Report on sanitation, dispensaries, and jails in Rajputana for 1916, and on vaccination for the year 1916-1917 - 1916-1917
Year: 1916
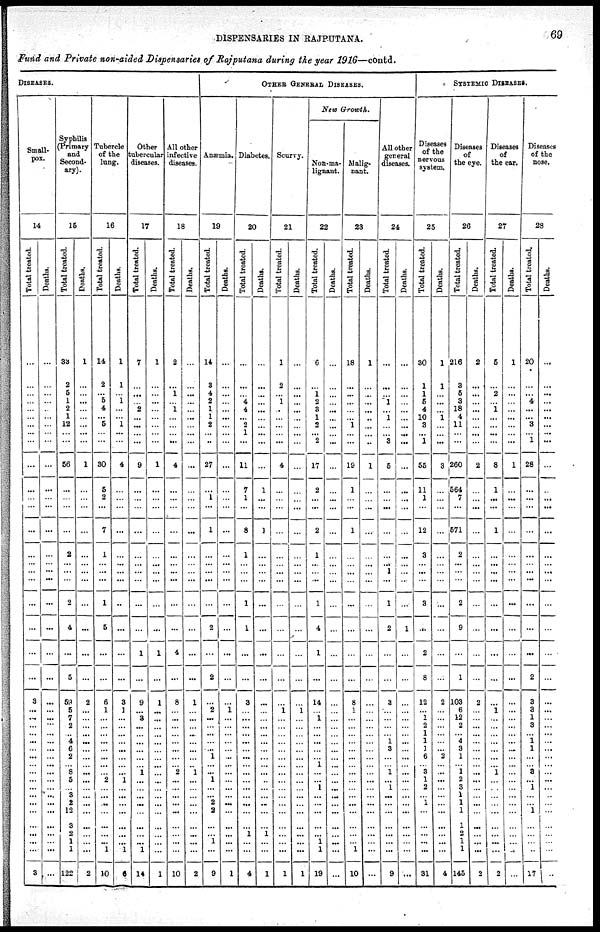
DISPENSARIES IN RAJPUTANA.
69
Fund and Private non-aided Dispensaries of Rajputana during the year 1916—contd.
DISEASES.
Small-
pox.
14
Total treated.
...
...
...
...
...
...
...
...
...
...
...
...
...
...
...
...
...
...
...
...
...
...
3
...
...
...
...
...
...
...
...
...
...
...
...
...
...
...
...
...
...
3
Deaths.
...
...
...
...
...
...
...
...
...
...
...
...
...
...
...
...
...
...
...
...
...
...
...
...
...
...
...
...
...
...
...
...
...
...
...
...
...
...
...
...
...
...
Syphilis
(Primary
and
Second-
---).
15
Total treated.
33
2
5
1
2
1
12
...
...
56
...
...
...
...
2
...
...
...
2
4
...
5
59
5
7
2
... 4
6
2
...
8
5
...
3
2
12
3
2
1
1
122
Deaths.
1
...
...
...
...
...
...
...
...
1
...
...
...
...
...
...
...
...
...
...
...
...
2
...
...
...
...
...
...
...
...
...
...
...
...
...
...
...
...
...
...
2
Tubercle
of the
lung.
16
Total treated.
14
2
... 5
4
... 5
...
...
30
5
2
...
7
1
...
...
...
1
5
...
...
6
1
... ...
... ...
...
...
...
... 2
...
...
...
...
...
...
... 1
10
Deaths.
1
1
...
1
...
... 1
...
...
4
...
...
...
...
...
...
...
...
...
...
...
...
3
1
...
...
...
...
...
...
...
... 1
...
...
...
...
...
...
... 1
6
Other
tubercular
diseases.
17
Total treated.
7
...
...
...
2
...
...
...
...
9
...
...
...
...
...
...
...
...
...
...
1
...
9
...
3
...
...
...
...
...
...
1
...
...
...
...
...
...
...
...
1
14
Deaths.
1
...
...
...
...
...
...
...
...
1
...
...
...
...
...
...
...
...
...
...
1
...
1
...
...
...
...
...
...
...
...
...
...
...
...
...
...
...
...
...
...
1
All other
infective
diseases.
18
Total treated.
2
...
1
...
1
...
...
...
...
4
...
...
...
...
...
...
...
...
...
...
4
...
8
...
...
...
...
...
...
...
...
2
...
...
...
...
...
...
...
...
...
10
Deaths.
...
...
...
...
...
...
...
...
...
...
...
...
...
...
...
...
...
...
...
...
...
...
1
...
...
...
...
...
...
...
...
1
...
...
...
...
...
...
...
...
...
2
OTHER GENERAL DISEASES.
Anæmia.
19
Total treated.
14
3
4
2
1
1
2
...
...
27
...
1
...
1
...
...
...
...
...
2
...
2
...
2
...
...
...
...
... 1
...
... 1
...
... 2
2
...
... 1
...
9
Deaths.
...
...
...
...
...
...
...
...
...
...
...
...
...
...
...
...
...
...
...
...
...
...
...
1
...
...
...
...
...
...
...
...
...
...
...
...
...
...
...
...
...
1
Diabetes.
20
Total treated.
...
...
...
4
4
... 2
1
...
11
7
1
...
8
1
...
...
...
1
1
...
...
3
...
...
...
...
...
...
...
...
...
...
...
...
...
...
...
1
...
...
4
Deaths.
...
...
...
...
...
...
...
...
...
...
1
...
...
1
...
...
...
...
...
...
...
...
...
...
...
...
...
...
...
...
...
...
...
...
...
...
...
...
1
...
...
1
Scurvy.
21
Total treated.
1
2
... 1
...
...
...
...
...
4
...
...
...
...
...
...
...
...
...
...
...
...
...
1
...
...
...
...
...
...
...
...
...
...
...
...
...
...
...
...
...
1
Deaths.
...
...
...
...
...
...
...
...
...
...
...
...
...
...
...
...
...
...
...
...
...
...
...
1
...
...
...
...
...
...
...
...
...
...
...
...
...
...
...
...
...
1
New Growth.
Non-ma-
lignant.
22
Total treated.
6
...
1
2
3
1
3
... 2
17
2
...
...
2
1
...
...
...
1
4
1
...
14
...
1
...
...
...
...
...
1
...
... 1
...
...
...
...
... 1
1
19
Deaths.
...
...
...
...
...
...
...
...
...
...
...
...
...
...
...
...
...
...
...
...
...
...
...
...
...
...
...
...
...
...
...
...
...
...
...
...
...
...
...
...
...
...
Malig-
nant.
23
Total treated.
18
...
...
...
...
... 1
...
...
19
1
...
...
1
...
...
...
...
...
...
...
...
8
1
...
...
...
...
...
...
...
...
...
...
...
...
...
...
...
...
1
10
Deaths.
1
...
...
...
...
...
...
...
..
1
...
...
...
...
...
...
...
...
...
...
...
...
...
...
...
...
...
...
...
...
...
...
...
...
...
...
...
...
...
...
...
All other
general
diseases.
24
Total treated.
...
...
...
1
...
1
...
... 3
5
...
...
...
...
...
... 1
...
1
2
...
3
...
...
...
... 1
3
...
...
1
... 1
...
...
...
...
...
...
...
9
Deaths.
...
...
...
...
...
...
...
...
...
...
...
...
...
...
...
...
...
...
...
1
...
...
...
...
...
...
...
...
...
...
...
...
...
...
...
...
...
...
...
...
...
...
SYSTEMIC DISEASES.
Diseases
of the
nervous
system.
25
Total treated.
30
1
1
5
4
10
3
... 1
55
11
1
...
12
3
...
...
...
3
...
2
8
12
...
1
2
1
1
1
6
...
3
1
2
... 1
...
...
...
...
...
31
Deaths.
1
1
...
...
...
1
...
...
...
3
...
...
...
...
....
...
...
...
...
...
...
...
2
...
...
...
...
...
... 2
...
...
...
...
...
...
...
...
...
...
...
4
Diseases
of
the eye.
26
Total treated.
216
3
5
3
18
4
11
...
...
260
564
7
...
571
2
...
...
...
2
9
...
1
103
6
12
2
... 4
3
1
...
1
2
3
1
1
1
1
2
1
1
145
Deaths.
2
...
...
...
...
...
...
...
...
2
...
...
...
...
...
...
...
...
...
...
...
...
2
...
...
...
...
...
...
...
...
...
...
...
...
...
...
...
...
...
...
2
Diseases
of
the ear.
27
Total treated.
5
...
2
... 1
...
...
...
...
8
1
...
...
1
...
...
...
...
...
...
...
...
...
1
...
...
...
...
...
...
...
1
...
...
...
...
...
...
...
...
...
2
Deaths.
1
...
...
...
...
...
...
...
...
1
...
...
...
...
...
...
...
...
...
...
...
...
...
...
...
...
...
...
...
...
...
...
...
...
...
...
...
...
...
...
...
...
Diseases
of the
nose.
28
Total treated.
20
...
... 4
...
... 3
...
1
28
...
...
...
...
...
...
...
...
...
...
...
2
3
3
1
3
... 1
1
...
...
3
... 1
...
...
1
...
...
...
...
17
Deaths.
...
...
...
...
...
...
...
...
...
...
...
...
...
...
...
...
...
...
...
...
...
...
...
...
...
...
...
...
...
...
...
...
...
...
...
...
...
...
...
...
...
...